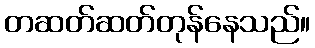
တဆတ်ဆတ်တုန်နေသည်။